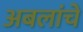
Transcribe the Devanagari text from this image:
अबलांचे